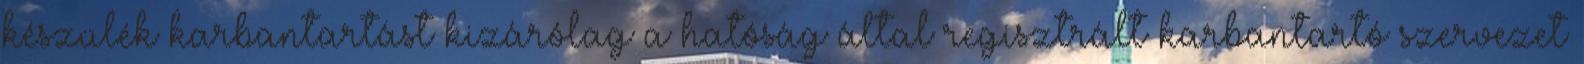
készülék karbantartást kizárólag a hatóság által regisztrált karbantartó szervezet